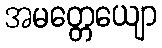
အမတ္တေယျော